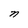
Character: n